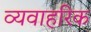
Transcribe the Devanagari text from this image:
व्यवाहरिक